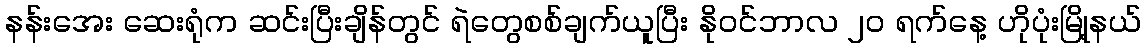
နန်းအေး ဆေးရုံက ဆင်းပြီးချိန်တွင် ရဲတွေစစ်ချက်ယူပြီး နိုဝင်ဘာလ ၂၀ ရက်နေ့ ဟိုပုံးမြို့နယ်